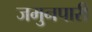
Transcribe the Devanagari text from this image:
जमुनपारी